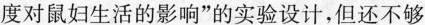
度对鼠妇生活的影响”的实验设计，但还不够